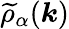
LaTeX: \widetilde{\rho}_{\alpha}(\boldsymbol{k})